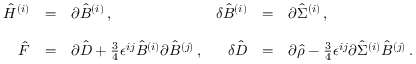
\begin{array} { r c l r c l } { { \hat { \cal H } ^ { ( i ) } } } & { { = } } & { { \partial \hat { \cal B } ^ { ( i ) } \, , } } & { { \delta \hat { \cal B } ^ { ( i ) } } } & { { = } } & { { \partial \hat { \Sigma } ^ { ( i ) } \, , } } \\ { { } } & { { } } & { { } } & { { } } & { { } } & { { } } \\ { { \hat { F } } } & { { = } } & { { \partial \hat { D } + { \textstyle \frac { 3 } { 4 } } \epsilon ^ { i j } \hat { \cal B } ^ { ( i ) } \partial \hat { \cal B } ^ { ( j ) } \, , } } & { { \delta \hat { D } } } & { { = } } & { { \partial \hat { \rho } - { \textstyle \frac { 3 } { 4 } } \epsilon ^ { i j } \partial \hat { \Sigma } ^ { ( i ) } \hat { \cal B } ^ { ( j ) } \, . } } \end{array}